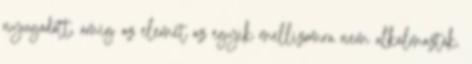
nyugodott, amíg az elemet az egyik mellizomra nem alkalmazták.